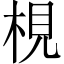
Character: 梘